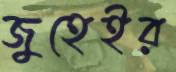
জুহেইর